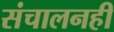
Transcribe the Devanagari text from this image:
संचालनही